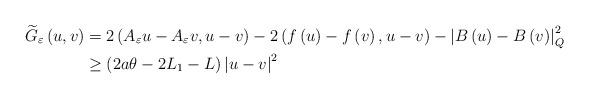
LaTeX: \begin{align*}\widetilde{G}_{\varepsilon}\left( u,v\right) & =2\left( A_{\varepsilon}u-A_{\varepsilon}v,u-v\right) -2\left( f\left( u\right) -f\left(v\right) ,u-v\right) -\left\vert B\left( u\right) -B\left( v\right)\right\vert _{Q}^{2}\\& \geq\left( 2a\theta-2L_{1}-L\right) \left\vert u-v\right\vert ^{2}\end{align*}